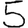
Digit: 5